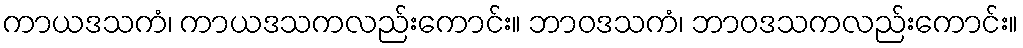
ကာယဒသကံ၊ ကာယဒသကလည်းကောင်း။ ဘာဝဒသကံ၊ ဘာဝဒသကလည်းကောင်း။